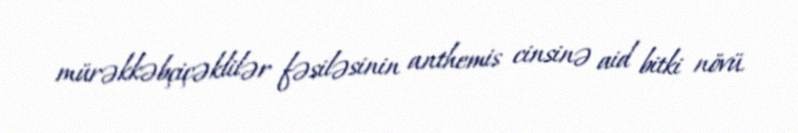
mürəkkəbçiçəklilər fəsiləsinin anthemis cinsinə aid bitki növü.